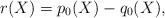
LaTeX: \begin{align*}r(X)=p_0(X)-q_0(X),\end{align*}